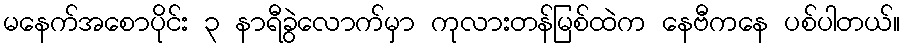
မနေက်အစောပိုင်း ၃ နာရီခွဲလောက်မှာ ကုလားတန်မြစ်ထဲက နေဗီကနေ ပစ်ပါတယ်။